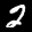
Label: 2